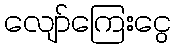
လျော်ကြေးငွေ